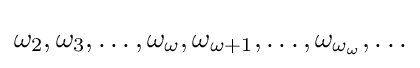
\omega _{2},\omega _{3},\ldots ,\omega _{\omega },\omega _{\omega +1},\ldots ,\omega _{\omega _{\omega }},\ldots